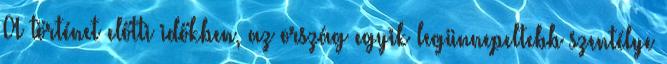
A történet előtti időkben, az ország egyik legünnepeltebb szentélye